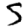
Digit: 5